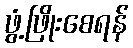
ဖွံ့ဖြိုးစေရန်